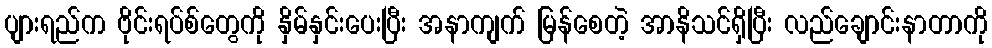
ပျားရည်က ဗိုင်းရပ်စ်တွေကို နှိမ်နှင်းပေးပြီး အနာကျက် မြန်စေတဲ့ အာနိသင်ရှိပြီး လည်ချောင်းနာတာကို